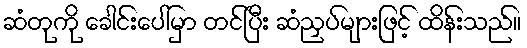
ဆံတုကို ခေါင်းပေါ်မှာ တင်ပြီး ဆံညှပ်များဖြင့် ထိန်းသည်။